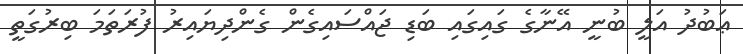
ޢަބުދު އަލީ ބުނީ އޭނާގެ ގައިގައި ބަޑި ޖައްސައިގެން ގެންދިޔައިރު ފުރަތަމަ ބިރުގަތީ